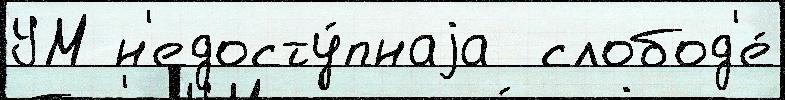
УМ н'едосту́пнаjа  слобод'е́